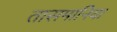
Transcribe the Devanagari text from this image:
तासमानिया